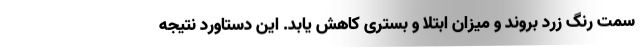
سمت رنگ زرد بروند و میزان ابتلا و بستری کاهش یابد. این دستاورد نتیجه